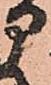
部